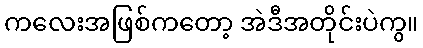
ကလေးအဖြစ်ကတော့ အဲဒီအတိုင်းပဲကွ။